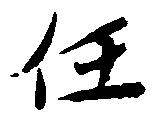
任